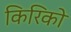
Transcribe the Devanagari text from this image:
किरिको